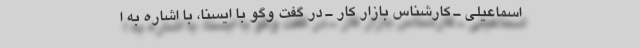
اسماعیلی ـ کارشناس بازار کار ـ در گفت وگو با ایسنا، با اشاره به ا